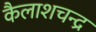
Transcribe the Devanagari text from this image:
कैलाशचन्द्र